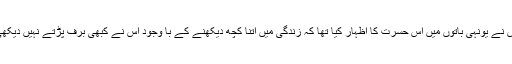
اس نے یونہی باتوں میں اس حسرت کا اظہار کیا تھا کہ زندگی میں اتنا کچھ دیکھنے کے با وجود اس نے کبھی برف پڑتے نہیں دیکھی۔